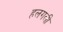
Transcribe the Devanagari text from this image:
हलगली